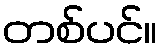
တစ်ပင်။